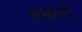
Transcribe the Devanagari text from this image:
ऐमीनों